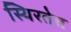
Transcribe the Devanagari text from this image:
स्थिरतेत